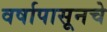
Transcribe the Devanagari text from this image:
वर्षापासूनचे